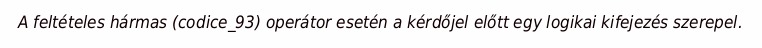
A feltételes hármas (codice_93) operátor esetén a kérdőjel előtt egy logikai kifejezés szerepel.